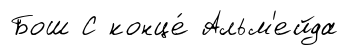
Бош С конце́ Альм'ейда